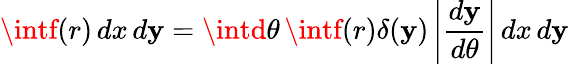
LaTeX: \intf(r)\, dx\, d\mathbf{y}=\intd\theta\, \intf(r)\delta(\mathbf{y})\left|{\frac{{d\mathbf{y}}}{{d\theta}}}\right|\, dx\, d\mathbf{y}